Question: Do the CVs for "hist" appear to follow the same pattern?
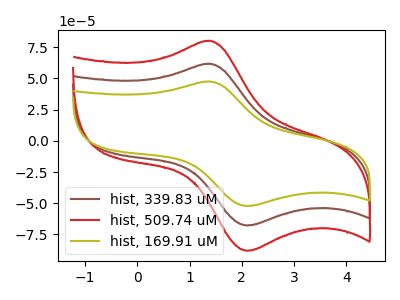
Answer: <think>The brown curve "hist, 339.83 uM" has an anodic peak at (1.40V, 61.75uA) and a cathodic peak at (2.10V, -67.80uA). The red curve "hist, 509.74 uM" has an anodic peak at (1.40V, 123.50uA) and a cathodic peak at (2.10V, -135.65uA). The olive curve "hist, 169.91 uM" has an anodic peak at (1.40V, 47.55uA) and a cathodic peak at (2.10V, -52.20uA).
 All the peaks in "hist, 339.83 uM" have a peak in "hist, 509.74 uM" at the same potential. Every peak in "hist, 339.83 uM" is lower than every peak in "hist, 509.74 uM". All the peaks in "hist, 339.83 uM" have a peak in "hist, 169.91 uM" at the same potential. Every peak in "hist, 339.83 uM" is higher than every peak in "hist, 169.91 uM". All the peaks in "hist, 509.74 uM" have a peak in "hist, 169.91 uM" at the same potential. Every peak in "hist, 509.74 uM" is higher than every peak in "hist, 169.91 uM".</think>
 <answer>All the CV's of "hist" have similar shape.</answer>
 <eval>follow_rule</eval>